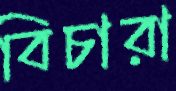
বিচারা